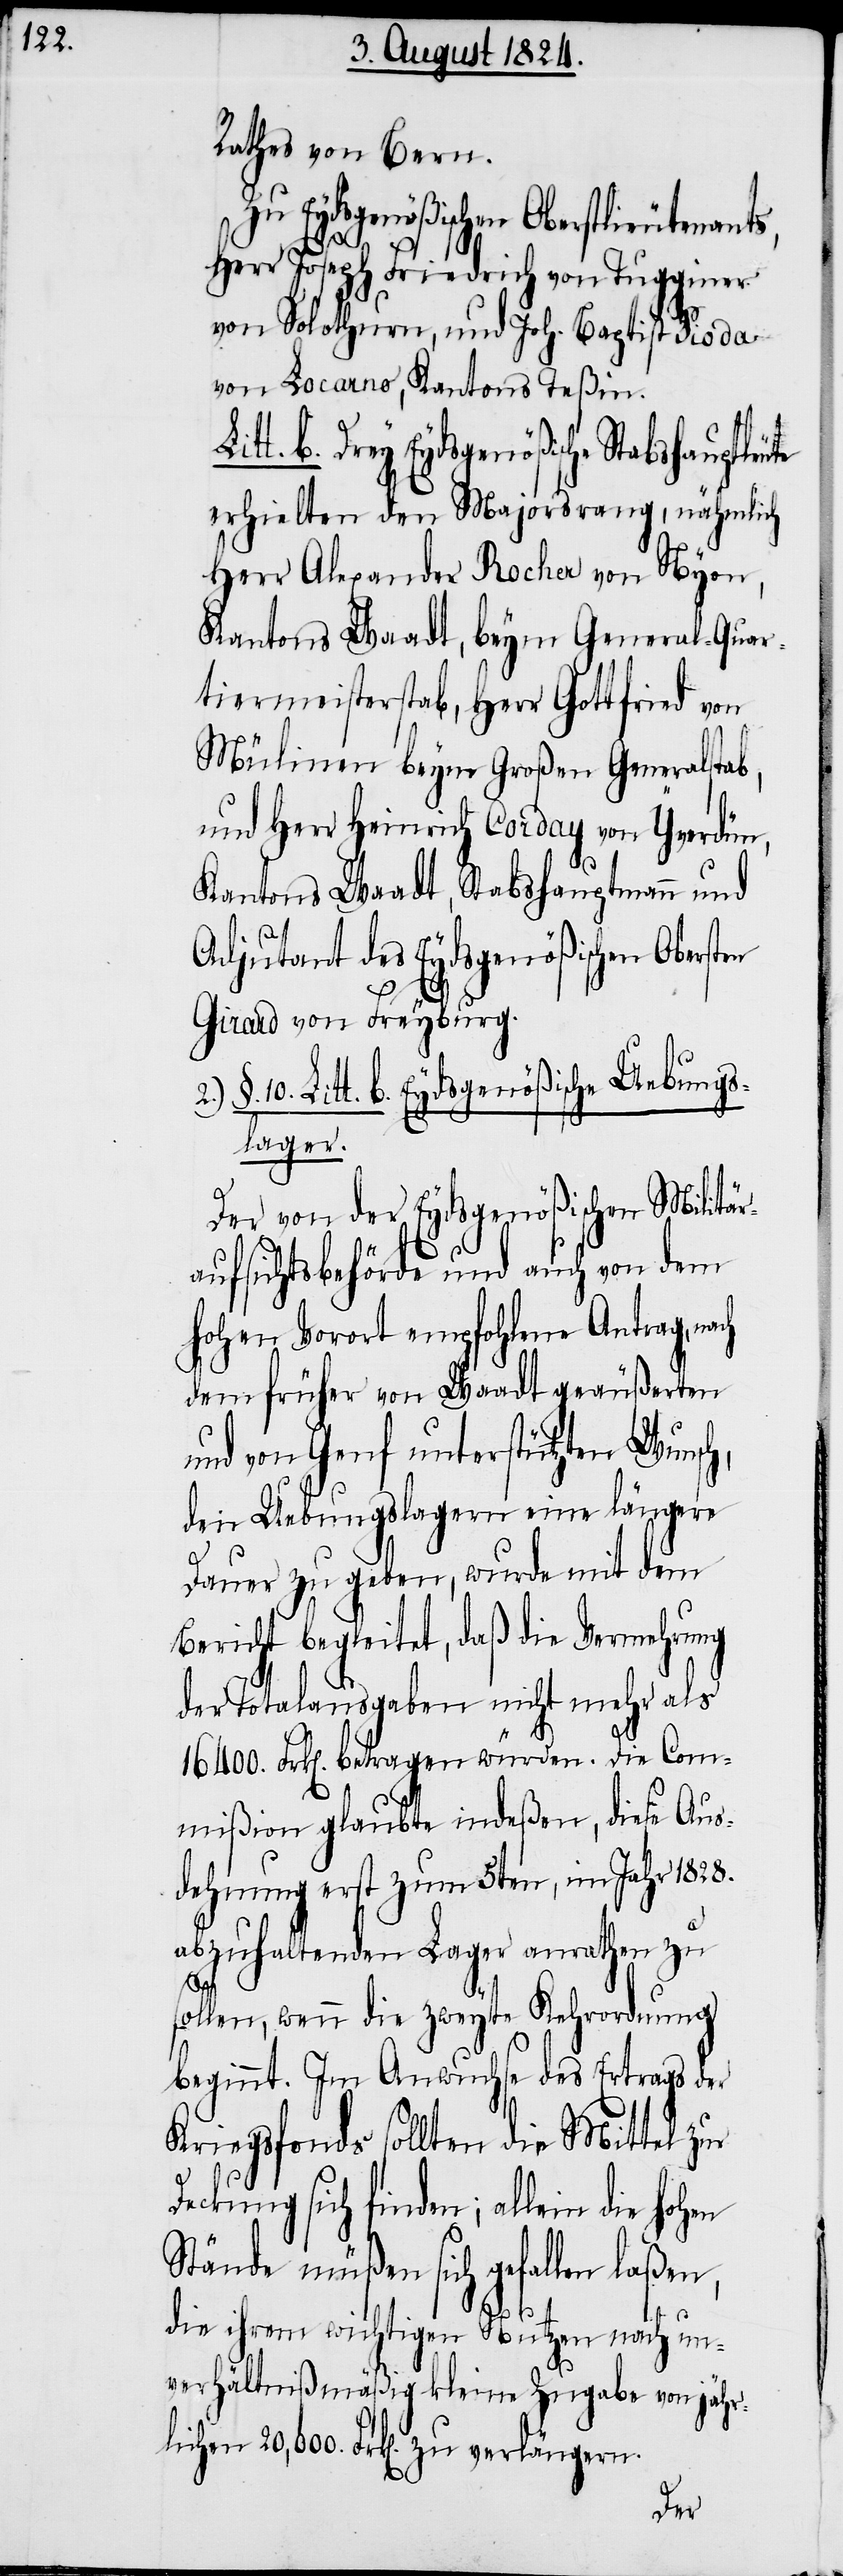
Rathes von Bern.
Zu Eydsgenößischen Oberstlieutenants,
te
Herr Joseph Friedrich von Tugginer
von Solothurn, und Joh. Baptist Pioda
von Locarno, Kantons Teßin.
Drey Eydsgenößische Stabshauptleu¬
erhielten den Majorsrang, nähmlich
Herr Alexander Rocher von Nyon,
Kantons Waadt, beym General-Quar¬
tiermeisterstab, Herr Gottfried von
Mülinen beym Großen Generalstab,
und Herr Heinrich Corday von Yverdon,
Kantons Waadt, Stabshauptmann und
Adjutant des Eydsgenößischen Obersten
Girard von Freyburg.
b. Eydsgenößische Uebungs¬
lager.
Der von der Eydsgenößischen Militär¬
aufsichtsbehörde und auch von dem
hohen Vorort empfohlene Antrag, nach
dem früher von Waadt geäußerten
und von Genf unterstützten Wunsch,
den Uebungslagern eine längere
Dauer zu geben, wurde mit dem
Bericht begleitet, daß die Vermehrung
der Totalausgaben nicht mehr als
16400. Frk[en]. betragen würden. Die Com¬
mißion glaubte indeßen, diese Aus¬
dehnung erst zum 5ten, im Jahr 1828.
abzuhaltenden Lager anrathen zu
10.
sollen, wenn die zweyte Kehrordnung
beginnt. Im Anwuchse des Ertrags des
Kriegsfonds sollten die Mittel zur
Deckung sich finden; allein die hohen
Stände müßen sich gefallen laßen,
die ihrem wichtigen Nutzen nach un¬
verhältnißmäßig kleine Zugabe von jähr¬
lichen 20,000. Frk[en]. zu verlängern.